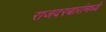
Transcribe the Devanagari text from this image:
राजदरबारांमध्ये